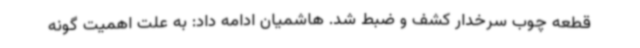
قطعه چوب سرخدار کشف و ضبط شد. هاشمیان ادامه داد: به علت اهمیت گونه